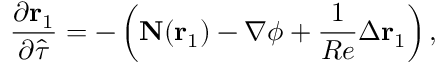
\frac { \partial \mathbf { r } _ { 1 } } { \partial \hat { \tau } } = - \left( \mathbf { N } ( \mathbf { r } _ { 1 } ) - \nabla \phi + \frac { 1 } { R e } \Delta \mathbf { r } _ { 1 } \right) ,